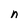
Character: n